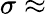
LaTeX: \sigma\approx